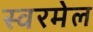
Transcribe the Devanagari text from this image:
स्वरमेल